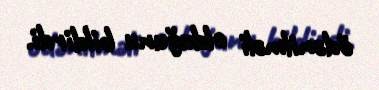
ödənilməli olduğunu bildirdi.